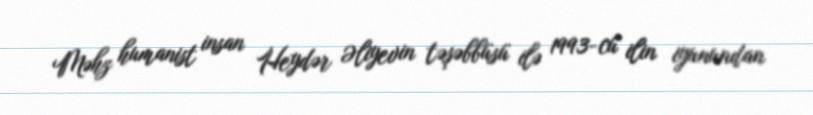
Məhz humanist insan Heydər Əliyevin təşəbbüsü ilə 1993-cü ilin iyunundan